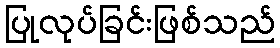
ပြုလုပ်ခြင်းဖြစ်သည်